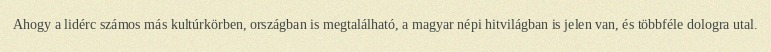
Ahogy a lidérc számos más kultúrkörben, országban is megtalálható, a magyar népi hitvilágban is jelen van, és többféle dologra utal.